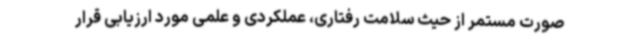
صورت مستمر از حیث سلامت رفتاری، عملکردی و علمی مورد ارزیابی قرار